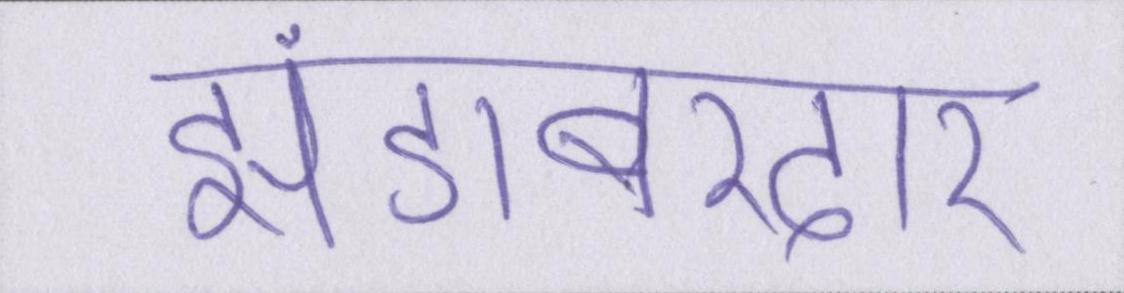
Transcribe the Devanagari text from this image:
झंडाबरदार